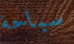
سباحة